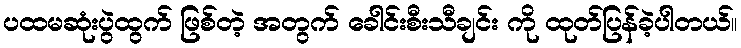
ပထမဆုံးပွဲထွက် ဖြစ်တဲ့ အတွက် ခေါင်းစီးသီချင်း ကို ထုတ်ပြန်ခဲ့ပါတယ်။